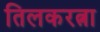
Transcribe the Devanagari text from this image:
तिलकरत्ना